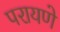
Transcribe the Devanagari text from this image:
परायणे